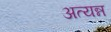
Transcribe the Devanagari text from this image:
अत्यन्न